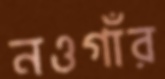
নওগাঁর